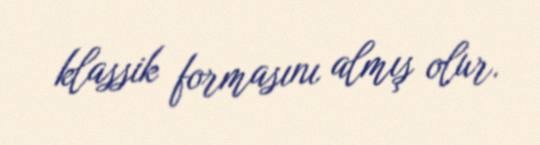
klassik formasını almış olur.